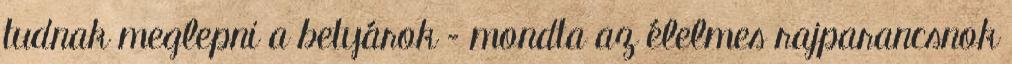
tudnak meglepni a betyárok – mondta az élelmes rajparancsnok